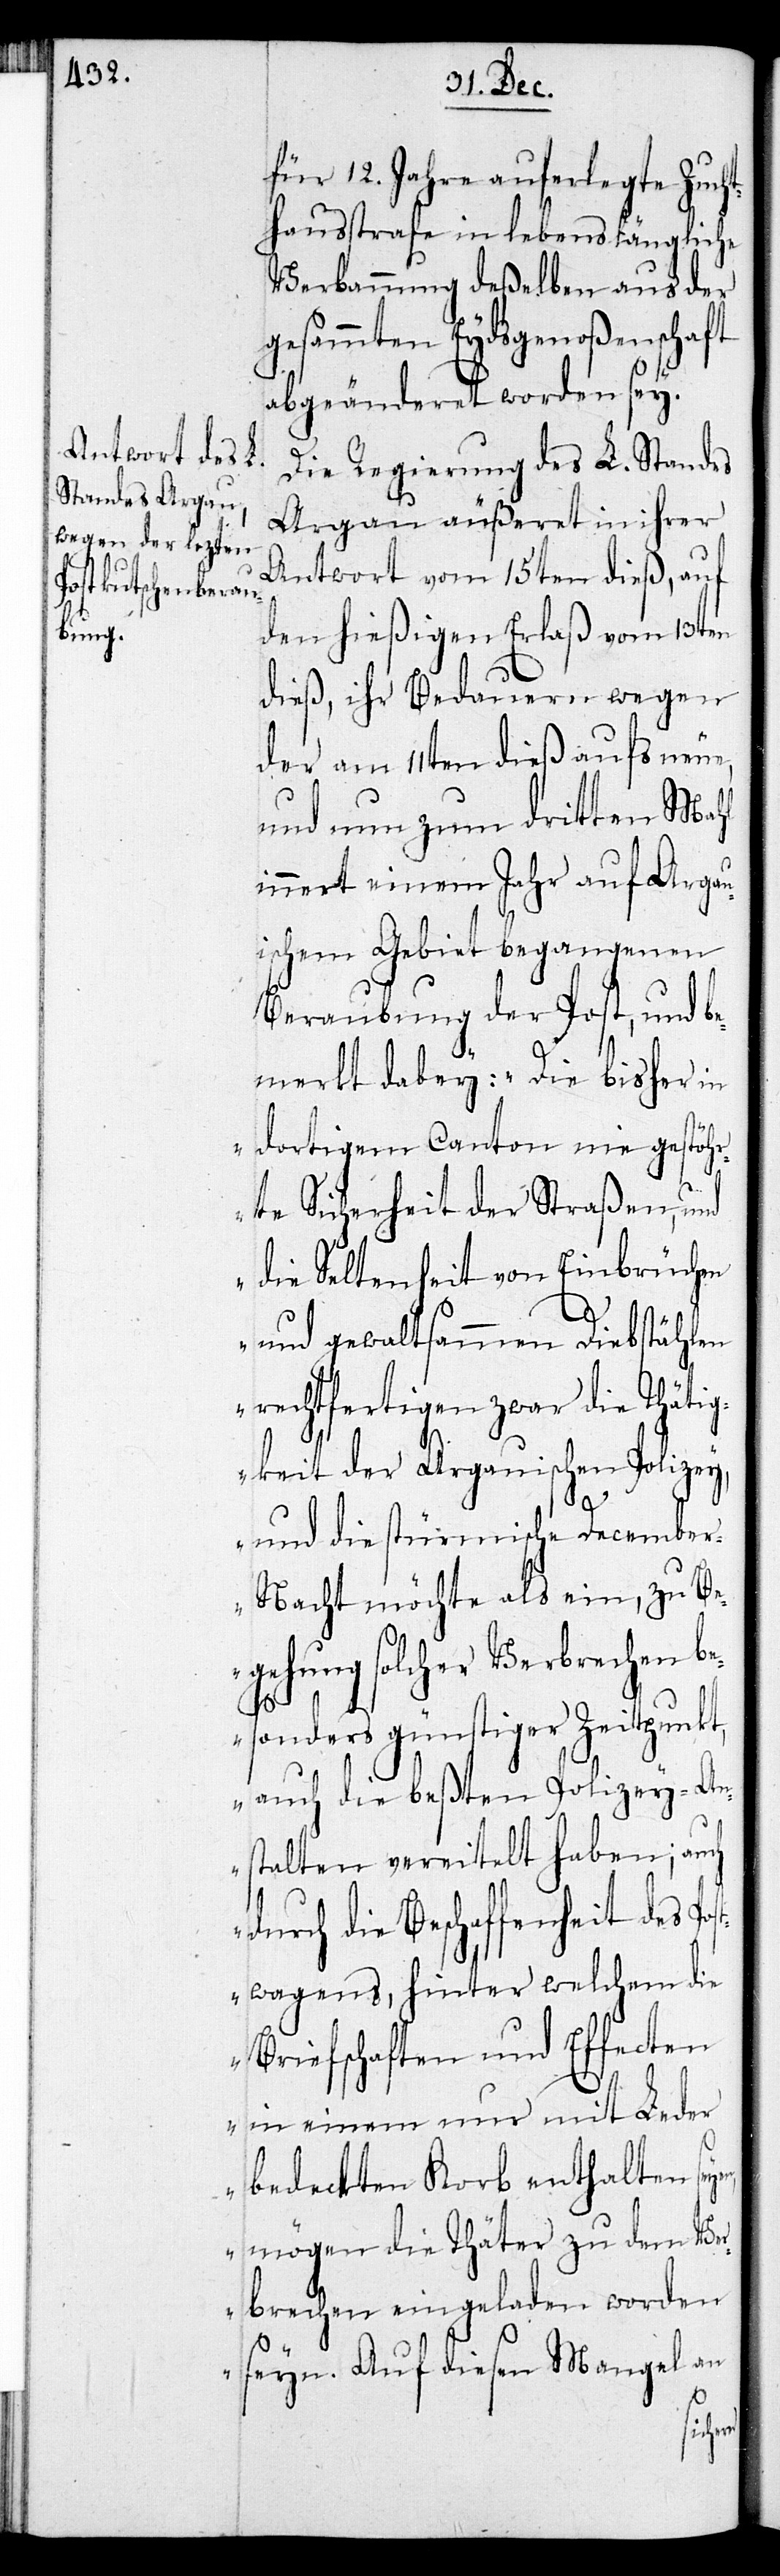
für 12. Jahre auferlegte Zuch¬
thausstrafe in lebenslängliche
Verbannung deßelben aus der
gesammten Eydsgenoßenschaft
abgeänderet worden sey.
Die Regierung des L. Standes
Aargau äußeret in ihrer
Antwort vom 15ten dieß, auf
den hießigen Erlaß vom 13ten
dieß, ihr Bedauern wegen
der am 11ten dieß aufs neue
und nun zum dritten Mahl
innert einem Jahr auf Aargau¬
ischem Gebiet begangenen
Beraubung der Post, und be¬
merkt dabey: „Die bisher in
dortigem Canton nie gestöh¬
rte Sicherheit der Straßen, und
die Seltenheit von Einbrüchen
und gewaltsammen Diebstählen
rechtfertigen zwar die Thätig¬
keit der aargauischen Polizey
und die stürmische Decembe¬
r-Nacht möchte als ein, zu Be¬
gehung solcher Verbrechen b¬
esonders günstiger Zeitpunkt
auch die beßten Polizey-An¬
stalten vereitelt haben; auch
durch die Beschaffenheit des Pos¬
twagens, hinter welchem die
Briefschaften und Effecten
in einem nur mit Leder
bedeckten Korb enthalten sey¬
en, mögen die Thäter zu deren Ver¬
brechen eingeladen worden
seyn. Auf diesen Mangel an